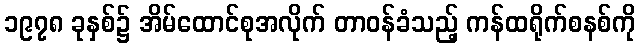
၁၉၇၈ ခုနှစ်၌ အိမ်ထောင်စုအလိုက် တာဝန်ခံသည့် ကန်ထရိုက်စနစ်ကို